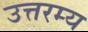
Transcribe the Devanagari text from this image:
उत्तरम्य